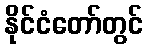
နိုင်ငံတော်တွင်